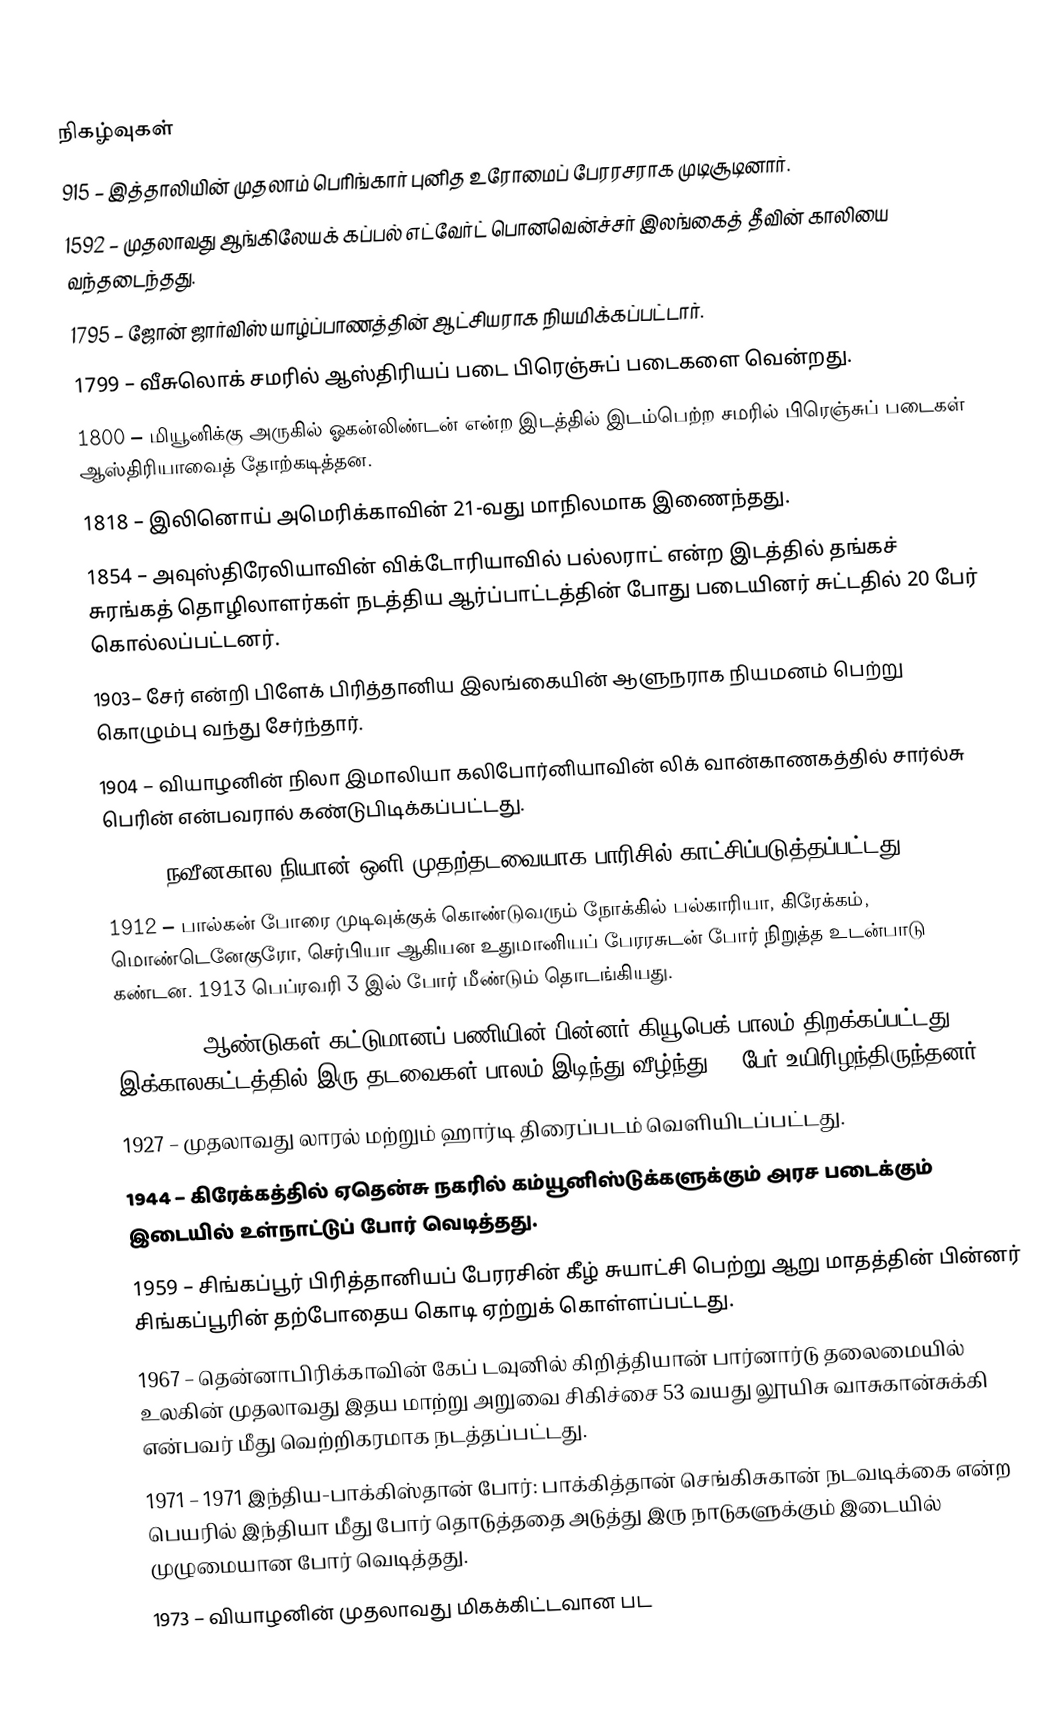

நிகழ்வுகள்
 915 – இத்தாலியின் முதலாம் பெரிங்கார் புனித உரோமைப் பேரரசராக முடிசூடினார்.
1592 – முதலாவது ஆங்கிலேயக் கப்பல் எட்வேர்ட் பொனவென்ச்சர் இலங்கைத் தீவின் காலியை வந்தடைந்தது.
1795 – ஜோன் ஜார்விஸ் யாழ்ப்பாணத்தின் ஆட்சியராக நியமிக்கப்பட்டார்.
1799 – வீசுலொக் சமரில் ஆஸ்திரியப் படை பிரெஞ்சுப் படைகளை வென்றது.
1800 – மியூனிக்கு அருகில் ஓகன்லிண்டன் என்ற இடத்தில் இடம்பெற்ற சமரில் பிரெஞ்சுப் படைகள் ஆஸ்திரியாவைத் தோற்கடித்தன.
1818 – இலினொய் அமெரிக்காவின் 21-வது மாநிலமாக இணைந்தது.
1854 – அவுஸ்திரேலியாவின் விக்டோரியாவில் பல்லராட் என்ற இடத்தில் தங்கச் சுரங்கத் தொழிலாளர்கள் நடத்திய ஆர்ப்பாட்டத்தின் போது படையினர் சுட்டதில் 20 பேர் கொல்லப்பட்டனர்.
1903– சேர் என்றி பிளேக் பிரித்தானிய இலங்கையின் ஆளுநராக நியமனம் பெற்று கொழும்பு வந்து சேர்ந்தார்.
1904 – வியாழனின் நிலா இமாலியா கலிபோர்னியாவின் லிக் வான்காணகத்தில் சார்ல்சு பெரின் என்பவரால் கண்டுபிடிக்கப்பட்டது.
1910 – நவீனகால நியான் ஒளி முதற்தடவையாக பாரிசில் காட்சிப்படுத்தப்பட்டது.
1912 – பால்கன் போரை முடிவுக்குக் கொண்டுவரும் நோக்கில் பல்காரியா, கிரேக்கம், மொண்டெனேகுரோ, செர்பியா ஆகியன உதுமானியப் பேரரசுடன் போர் நிறுத்த உடன்பாடு கண்டன. 1913 பெப்ரவரி 3 இல் போர் மீண்டும் தொடங்கியது.
1919 – 20 ஆண்டுகள் கட்டுமானப் பணியின் பின்னர் கியூபெக் பாலம் திறக்கப்பட்டது. இக்காலகட்டத்தில் இரு தடவைகள் பாலம் இடிந்து வீழ்ந்து 89 பேர் உயிரிழந்திருந்தனர்.
1927 – முதலாவது லாரல் மற்றும் ஹார்டி திரைப்படம் வெளியிடப்பட்டது.
1944 – கிரேக்கத்தில் ஏதென்சு நகரில் கம்யூனிஸ்டுக்களுக்கும் அரச படைக்கும் இடையில் உள்நாட்டுப் போர் வெடித்தது.
1959 – சிங்கப்பூர் பிரித்தானியப் பேரரசின் கீழ் சுயாட்சி பெற்று ஆறு மாதத்தின் பின்னர் சிங்கப்பூரின் தற்போதைய கொடி ஏற்றுக் கொள்ளப்பட்டது.
1967 – தென்னாபிரிக்காவின் கேப் டவுனில் கிறித்தியான் பார்னார்டு தலைமையில் உலகின் முதலாவது இதய மாற்று அறுவை சிகிச்சை 53 வயது லூயிசு வாசுகான்சுக்கி என்பவர் மீது வெற்றிகரமாக நடத்தப்பட்டது.
1971 – 1971 இந்திய-பாக்கிஸ்தான் போர்: பாக்கித்தான் செங்கிசுகான் நடவடிக்கை என்ற பெயரில் இந்தியா மீது போர் தொடுத்ததை அடுத்து இரு நாடுகளுக்கும் இடையில் முழுமையான போர் வெடித்தது.
1973 – வியாழனின் முதலாவது மிகக்கிட்டவான பட